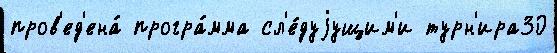
пров'ед'ена́ програ́мма сл'е́дуjущим'и турн'ира30